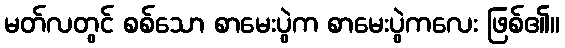
မတ်လတွင် စစ်သော စာမေးပွဲက စာမေးပွဲကလေး ဖြစ်၏။